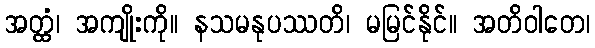
အတ္ထံ၊ အကျိုးကို။ နသမနုပဿတိ၊ မမြင်နိုင်။ အတိဝါတေ၊